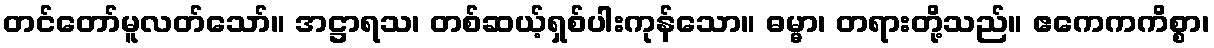
တင်တော်မူလတ်သော်။ အဋ္ဌာရသ၊ တစ်ဆယ့်ရှစ်ပါးကုန်သော။ ဓမ္မာ၊ တရားတို့သည်။ ဧကေကကိစ္စာ၊